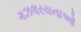
ગઝલરચનાઓ